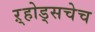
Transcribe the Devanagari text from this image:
ऱ्होड्सचेच